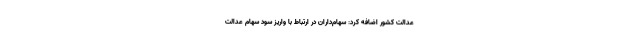
عدالت کشور اضافه کرد: سهام‌داران در ارتباط با واریز سود سهام عدالت